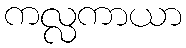
ကလ္လကာယာ